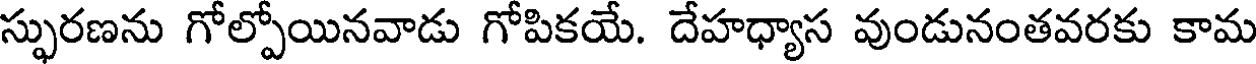
స్ఫురణను గోల్పోయినవాడు గోపికయే. దేహధ్యాస వుండునంతవరకు కామ